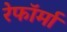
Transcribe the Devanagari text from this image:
रेफॉर्मा